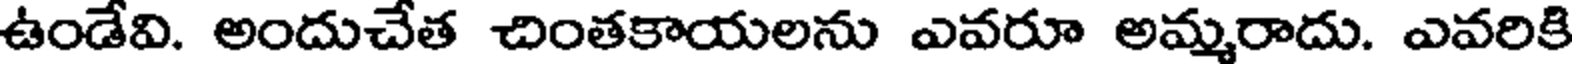
ఉండేవి. అందుచేత చింతకాయలను ఎవరూ అమ్మరాదు. ఎవరికి